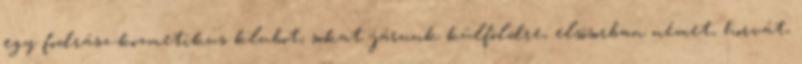
egy fodrász-kozmetikus klubot, sokat járunk külföldre, elsôsorban német, horvát,